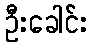
ဦးခေါင်း